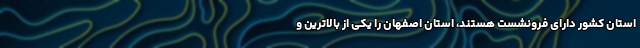
استان کشور دارای فرونشست هستند، استان اصفهان را یکی از بالاترین و